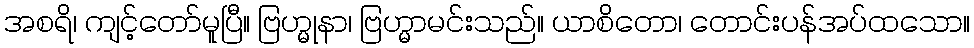
အစရိ၊ ကျင့်တော်မူပြီ။ ဗြဟ္မုနာ၊ ဗြဟ္မာမင်းသည်။ ယာစိတော၊ တောင်းပန်အပ်ထသော။